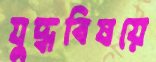
যুদ্ধবিষয়ে